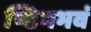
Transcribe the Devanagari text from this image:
ण्डिमभवं